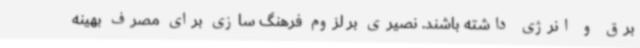
برق و انرژی داشته باشند. نصیری بر لزوم فرهنگ سازی برای مصرف بهینه